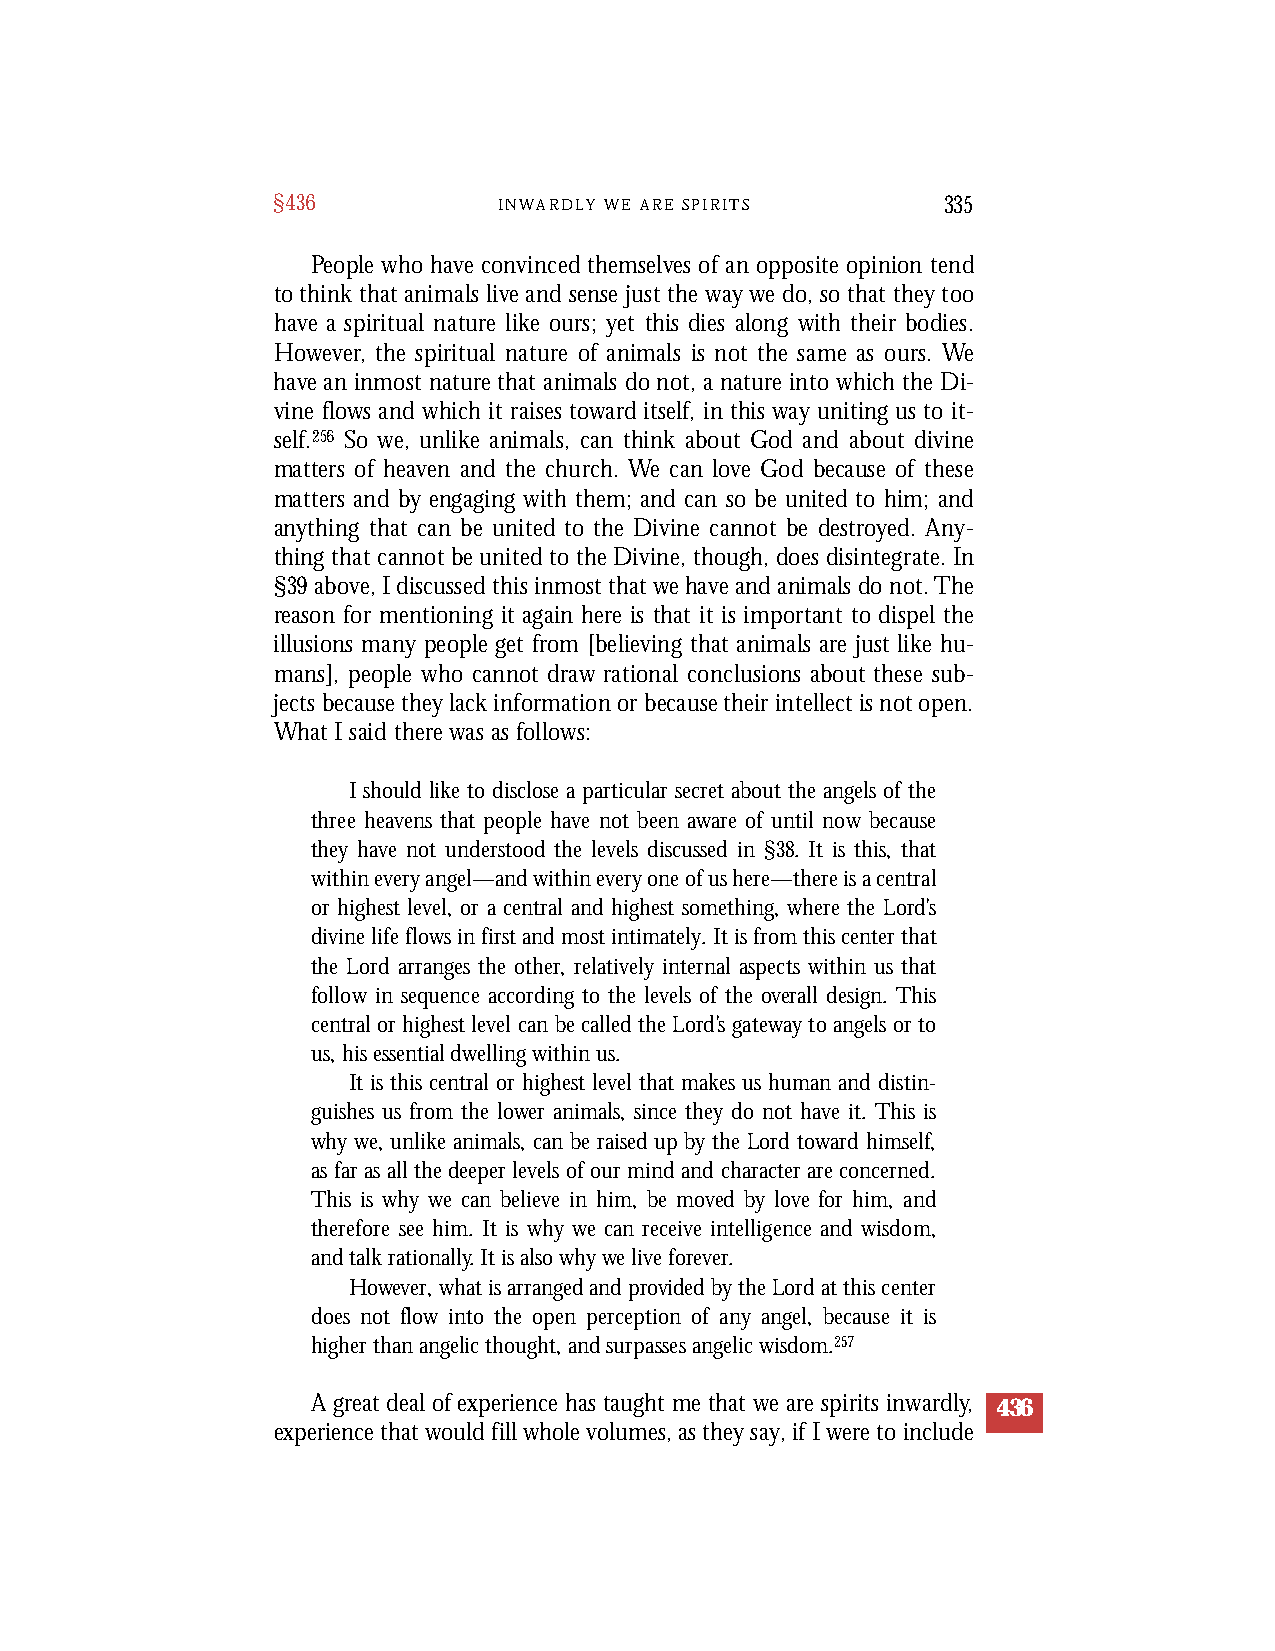
§436           I N W A R D L Y W E A R E S P I R I TS 335
 People who have convinced themselves of an opposite opinion tend
 to think that animals live and sense just the way we do, so that they too
 h a ve a spiritual nature like ours; yet this dies along with their bodies.
 Howe ve r, the spiritual nature of animals is not the same as ours. We
 h a ve an inmost nature that animals do not, a nature into which the Di-
 vine flows and which it raises tow a rd itself, in this way uniting us to it-
 s e l f.2 5 6 So we, unlike animals, can think about God and about divine
 matters of heaven and the church. We can love God because of these
 matters and by engaging with them; and can so be united to him; and
 anything that can be united to the Divine cannot be destroyed. Any-
 thing that cannot be united to the Divine, though, does disintegrate. In
 §3 9a b ove, I discussed this inmost that we have and animals do not. T h e
 reason for mentioning it again here is that it is important to dispel the
 illusions many people get from [believing that animals are just like hu-
 mans], people who cannot draw rational conclusions about these sub-
 jects because they lack information or because their intellect is not open.
 What I said there was as follow s :
 I should like to disclose a particular secret about the angels of the
 three heavens that people have not been aware of until now because
 they have not understood the levels discussed in §38. It is this, that
 within every angel—and within every one of us here—there is a central
 or highest level, or a central and highest something, where the Lord’s
 divine life flows in first and most intimately. It is from this center that
 the Lord arranges the other, relatively internal aspects within us that
 follow in sequence according to the levels of the overall design. This
 central or highest level can be called the Lord’s gateway to angels or to
 us, his essential dwelling within us.
 It is this central or highest level that makes us human and distin-
 guishes us from the lower animals, since they do not have it. This is
 why we, unlike animals, can be raised up by the Lord toward himself,
 as far as all the deeper levels of our mind and character are concerned.
 This is why we can believe in him, be moved by love for him, and
 therefore see him. It is why we can receive intelligence and wisdom,
 and talk rationally. It is also why we live forever.
 However, what is arranged and provided by the Lord at this center
 does not flow into the open perception of any angel, because it is
 higher than angelic thought, and surpasses angelic wisdom.257
 A great deal of experience has taught me that we are spirits inwardly, 436
 experience that would fill whole volumes, as they say, if I were to include